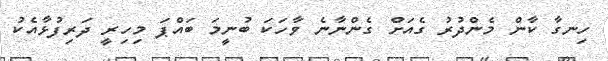
ހިނގާ ކާން މެންދުރު ގެއަށް ގެންނާނެ ވާހަކަ ބުނީމަ ބައްޕަ މިހިރީ ދަރިފުޅާއެކު